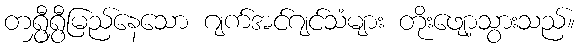
တရွှီရွှီမြည်နေသော ဂျက်အင်ဂျင်သံများ တိုးဖျော့သွားသည်။